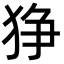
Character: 狰